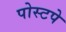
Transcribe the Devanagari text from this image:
पोस्टपे